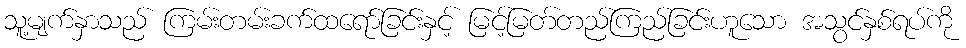
သူ့မျက်နှာသည် ကြမ်းတမ်းခက်ထရော်ခြင်းနှင့် မြင့်မြတ်တည်ကြည်ခြင်းဟူသော အသွင်နှစ်ရပ်ကို